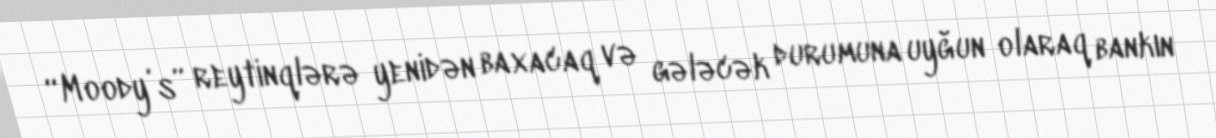
“Moody’s” reytinqlərə yenidən baxacaq və gələcək durumuna uyğun olaraq bankın